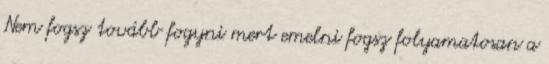
Nem fogsz tovább fogyni mert emelni fogsz folyamatosan a